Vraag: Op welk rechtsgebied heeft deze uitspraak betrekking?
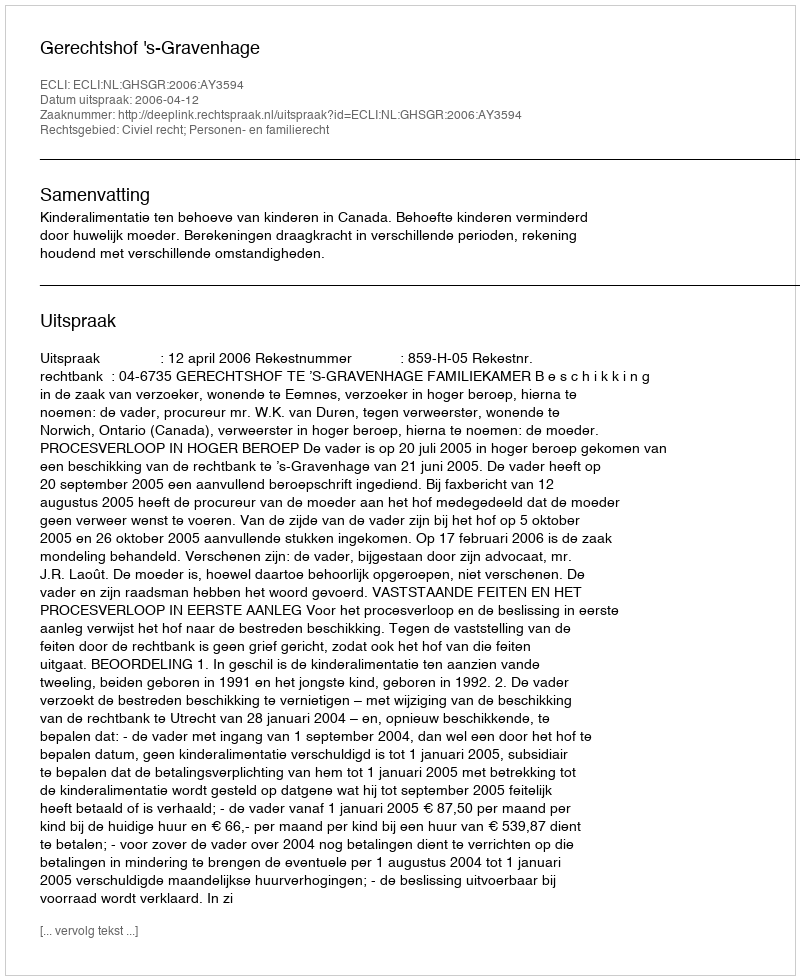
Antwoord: Civiel recht; Personen- en familierecht